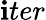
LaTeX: \mathbf{i}ter